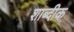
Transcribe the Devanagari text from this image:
शाब्दीक